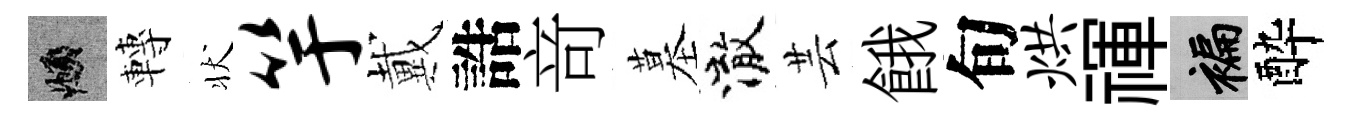
頫轉状竽戴誥竒墓澈芸餓旬烘禈褊酔